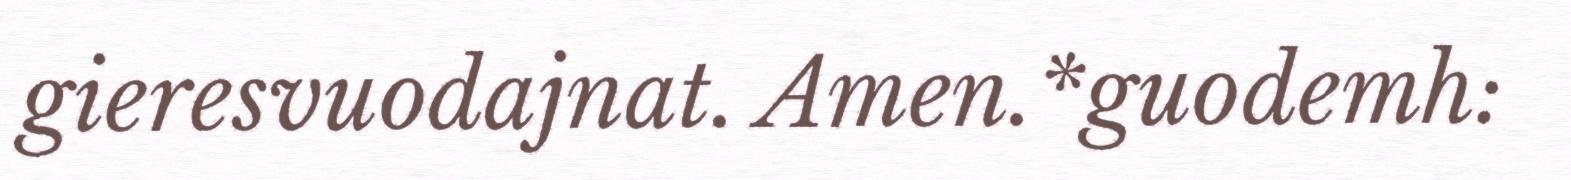
gieresvuodajnat. Amen.*guodemh: